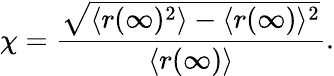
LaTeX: \chi=\frac{\sqrt{\langle r(\infty)^{2}\rangle-\langle r(\infty)\rangle^{2}}}{\langle r(\infty)\rangle}.